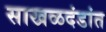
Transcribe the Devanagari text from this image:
साखळदंडांत